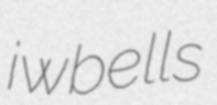
iwbells